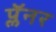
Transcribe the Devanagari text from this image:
प्लॅनर